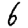
Digit: 6